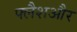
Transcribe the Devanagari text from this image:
फ्लैशऔर